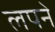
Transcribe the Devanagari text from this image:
लपने